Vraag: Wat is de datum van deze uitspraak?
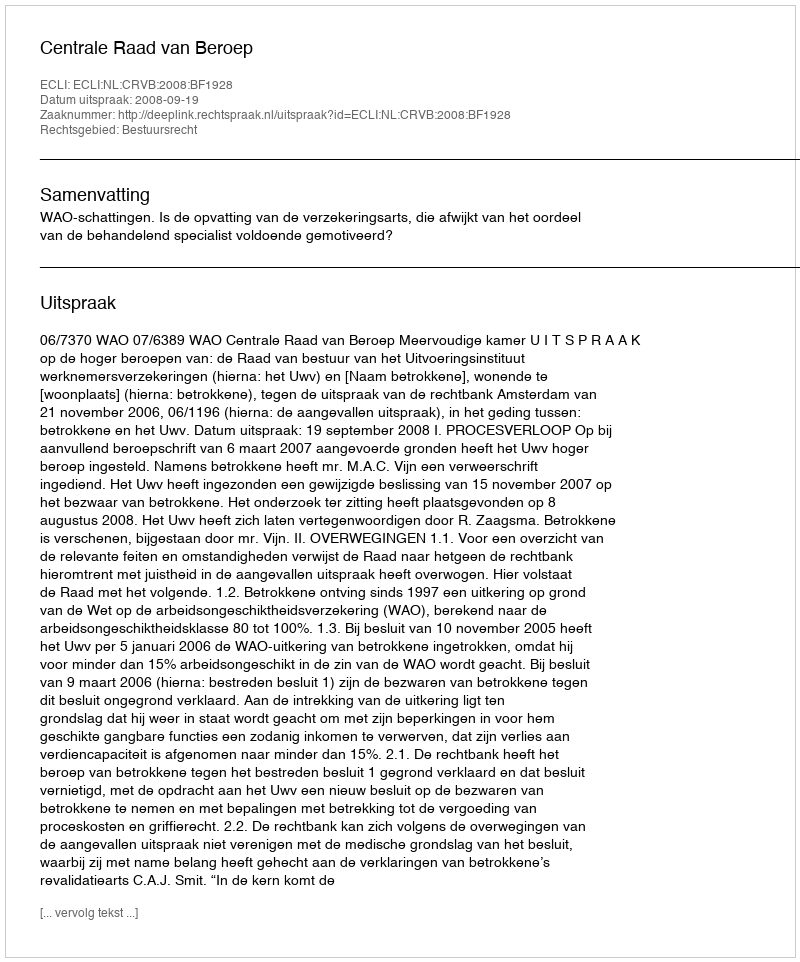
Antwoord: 2008-09-19